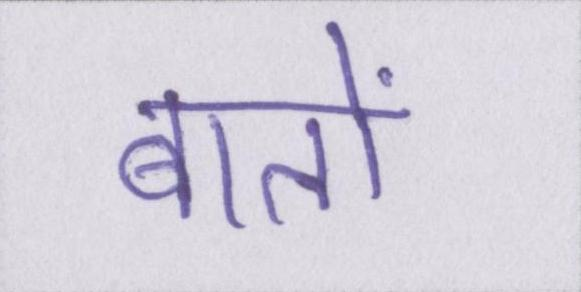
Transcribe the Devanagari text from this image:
बातों